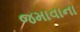
જમાવાના